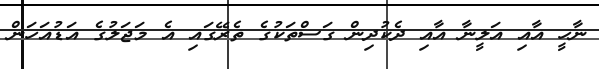
ނާހީ އާއި އަލީނާ އާއި ދެކުދިން ގަސްތަކުގެ ތެރޭގައި އެ މަޖަލުގެ އަޑުއަހަން